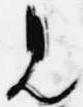
見